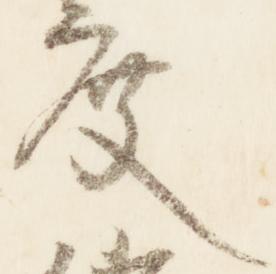
度